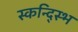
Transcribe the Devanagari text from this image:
स्कन्द्स्भि